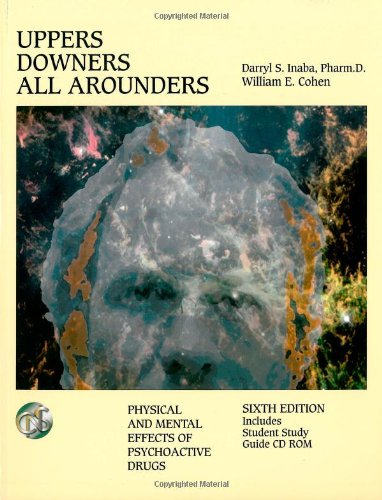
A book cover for Uppers, Downers, All Arounders: Physical and Mental Effects of Psychoactive Drugs; Darryl Inaba; Medical Books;